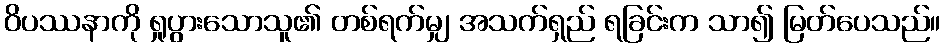
ဝိပဿနာကို ရှုပွားသောသူ၏ တစ်ရက်မျှ အသက်ရှည် ရခြင်းက သာ၍ မြတ်ပေသည်။